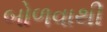
બોળવાથી